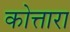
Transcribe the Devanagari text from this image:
कोत्तारा